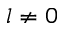
l \neq 0